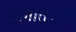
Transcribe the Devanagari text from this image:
संगीतघरच